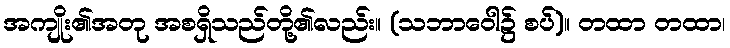
အကျိုး၏အတု အစရှိသည်တို့၏လည်း။ (သဘာဝေါ၌ စပ်)။ တထာ တထာ၊